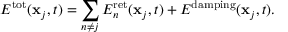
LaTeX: E ^ { \mathrm { t o t } } ( \mathbf { x } _ { j } , t ) = \sum _ { n \neq j } E _ { n } ^ { \mathrm { r e t } } ( \mathbf { x } _ { j } , t ) + E ^ { \mathrm { d a m p i n g } } ( \mathbf { x } _ { j } , t ) .